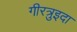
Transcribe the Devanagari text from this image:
गीरत्रुइदा